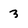
Character: 3